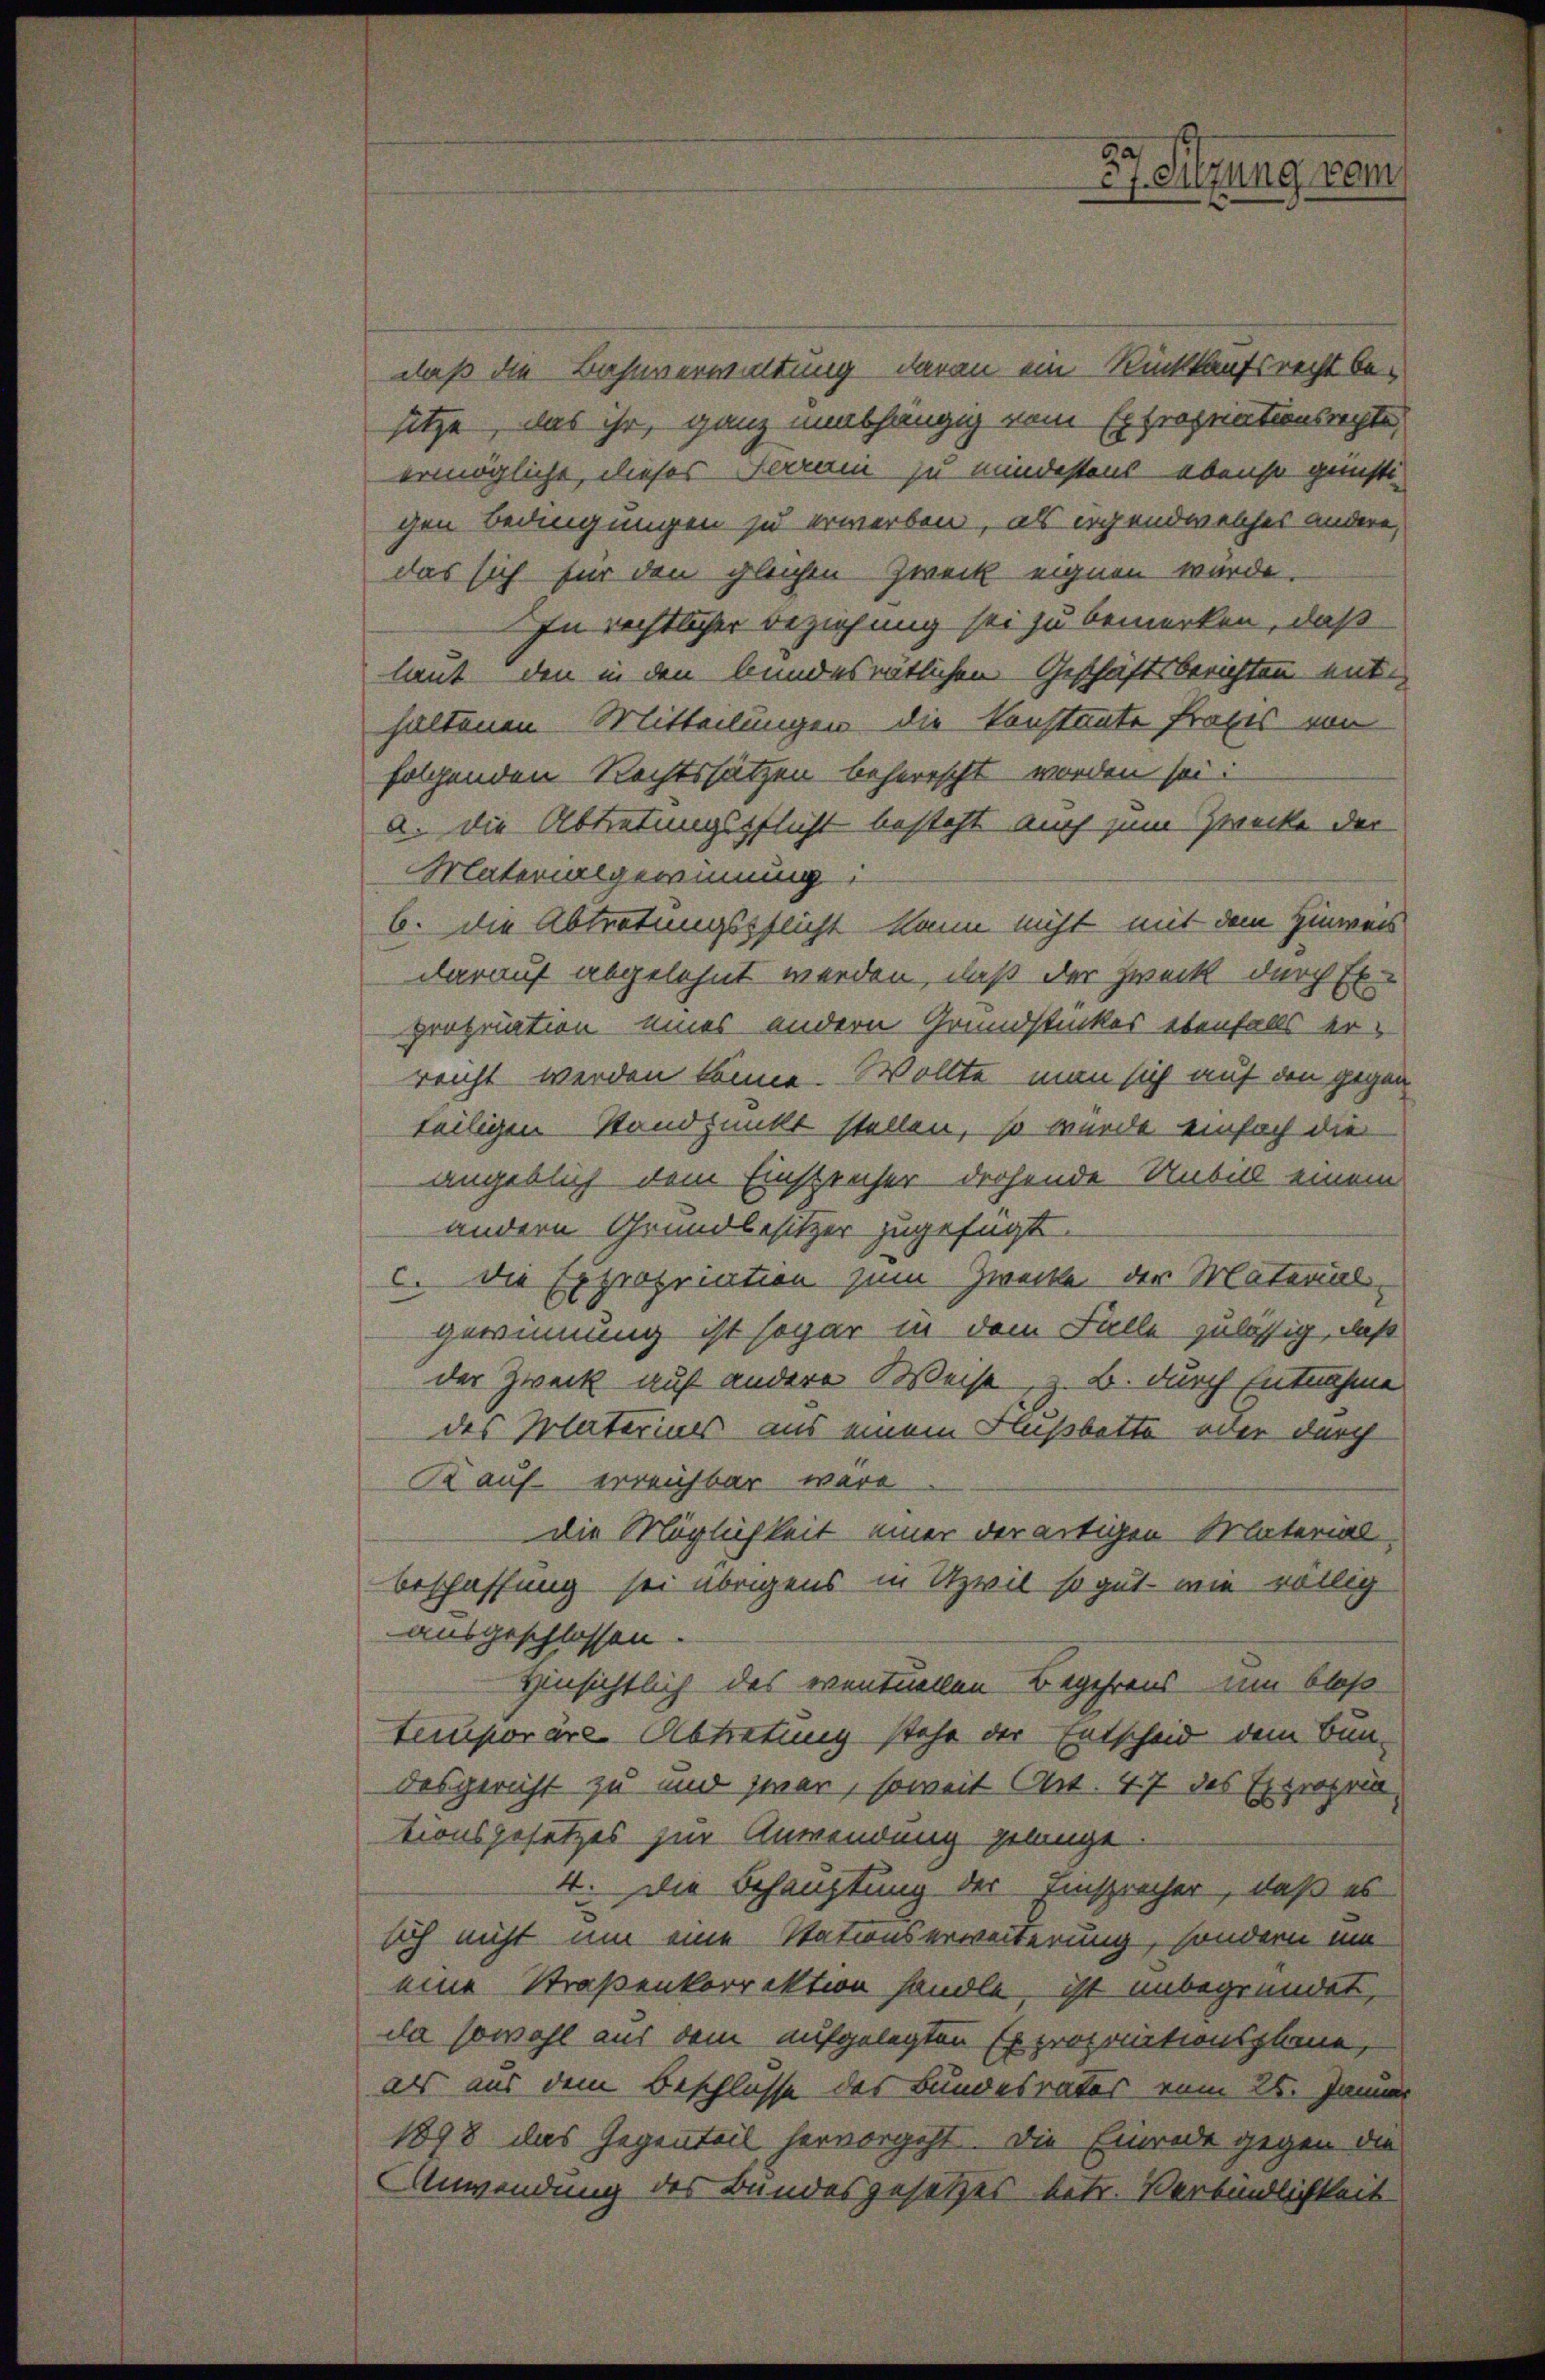
daß die Bahnverwaltung daran ein Rückkaufsrecht be-
sitze, das ihr, ganz unabhängig vom Expropriationsrechte,
ermögliche, dieses Terran zu mindestens ebenso günsti-
gen Bedingungen zu erwerben, als irgend welches andere,
das sich für den gleichen Zweck eignen würde.
In rechtlicher Beziehung sei zu bemerken, daß
laut den in den bundesrätlichen Geschäftsberichten ent-
haltenen Mitteilungen die Konstante frages von
folgenden Rechtssätzen beherrscht worden sei:
a. die Abtretungspflicht besteht auch zum Zwecke der
Materialgewinnung:
6. die Abtretungspflicht kann nicht mit dem Hinweis
darauf abgelehnt werden, daß der Zweck durch Ex
propriation eines andern Grundstückes ebenfalls er-
reicht werden könne. Wollte man sich auf den gegen
teiligen Standpunkt stellen, so wurde einfach die
angeblich dem Einsprecher drohende Unbill einem
andern Grundbesitzer zugefügt.
c. die Expropriation zum Zwecke der Material-
gewinnung ist sogar in dem Falle zulässig, daß
der Zweck auf andere Weise, z. B. durch Entnahme
des Materials aus einem Flußbette ober durch
Kauf erreichbar wäre
Die Möglichkeit einer derartigen Material-
beschaffung sei übrigens in Uzwil so gut wie völlig
ausgeschlossen.
Hinsichtlich des eventuellen Begehrens um bloß
temporare Abtretung stehe der Entscheid dem Bundesgericht zu und zwar, soweit Art. 47 des Expropria
tionsgesetzes zur Anwendung gelange
4. Die Behauptung der Einsprecher, daß es
sich nicht um eine Stationserweiterung, sondern um
eine Straßenkorrektion handle, ist unbegründet,
da sowohl aus dem aufgelegten Exproportionsplane,
als aus dem Beschlüsse des Bundesrates vom 25. Januar
1898 das Gegenteil hervorgeht. Die Einrede gegen die
AAnwendung des Bundesgesetzes betr. Verbindlichkeit

37. Sitzung vom